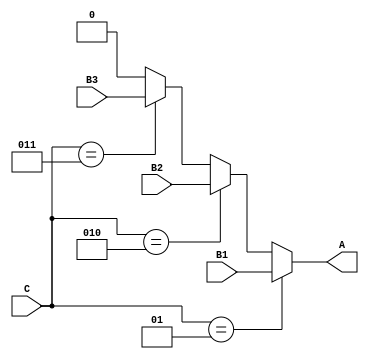
module conditional_flow(B1, B2, B3, C, A);
  output wire A;
  input integer C;
  input wire B1, B2, B3;
  
  assign A = (C == 1) ? B1 : ((C == 2) ? B2 : ((C == 3) ?
                                               B3 : 0));
endmodule